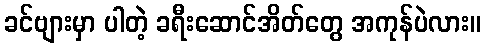
ခင်ဗျားမှာ ပါတဲ့ ခရီးဆောင်အိတ်တွေ အကုန်ပဲလား။